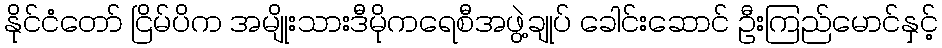
နိုင်ငံတော် ငြိမ်ပိက အမျိုးသားဒီမိုကရေစီအဖွဲ့ချုပ် ခေါင်းဆောင် ဦးကြည်မောင်နှင့်